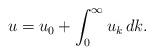
LaTeX: \begin{align*}u = u_0 +\int_0^\infty u_k \, dk.\end{align*}